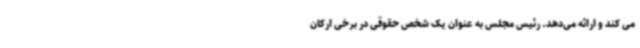
می کند و ارائه می‌دهد. رئیس مجلس به عنوان یک شخص حقوقی در برخی ارکان